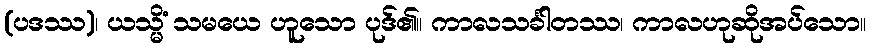
(ပဒဿ)၊ ယသ္မိံ သမယေ ဟူသော ပုဒ်၏။ ကာလသင်္ခါတဿ၊ ကာလဟုဆိုအပ်သော။